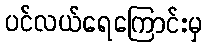
ပင်လယ်ရေကြောင်းမှ